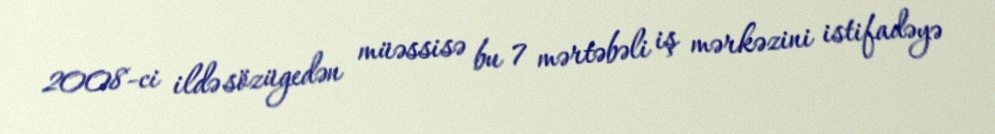
2008-ci ildə sözügedən müəssisə bu 7 mərtəbəli iş mərkəzini istifadəyə